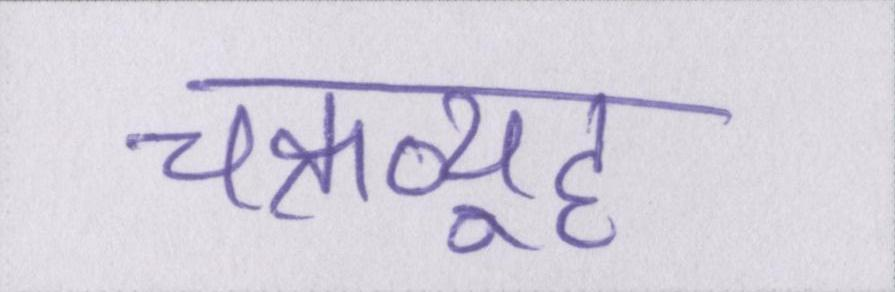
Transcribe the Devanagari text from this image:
चक्रव्यूह